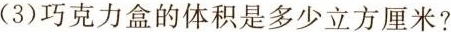
(3)巧克力盒的体积是多少立方厘米?